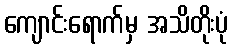
ကျောင်းရောက်မှ အသိတိုးပုံ